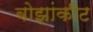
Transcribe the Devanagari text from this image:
बोझांकीट